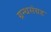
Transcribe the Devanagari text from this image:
ग्रन्थसंग्रह